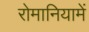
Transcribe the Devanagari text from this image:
रोमानियामें